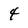
Character: 4